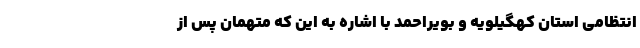
انتظامی استان کهگیلویه و بویراحمد با اشاره به این که متهمان پس از